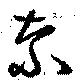
奈